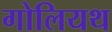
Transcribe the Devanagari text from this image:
गोलियथ